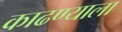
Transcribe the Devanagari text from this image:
काढण्याला